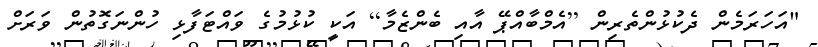
"އަހަރަމެން ދެކުޅުންތެރިން [އެމްބާއްޕޭ އާއި ބެންޒެމާ] އަކީ ކުޅުމުގެ ވައްޓަފާޅި ހުންނަގޮތުން ވަރަށް